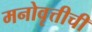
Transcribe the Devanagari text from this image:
मनोवृत्तीची